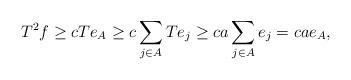
LaTeX: \begin{align*}T^2 f \ge c T e_A \ge c \sum_{j \in A} Te_j \ge ca \sum_{j \in A} e_j = ca e_A,\end{align*}